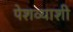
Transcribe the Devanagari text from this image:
पेशव्याशी